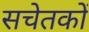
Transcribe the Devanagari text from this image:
सचेतकों